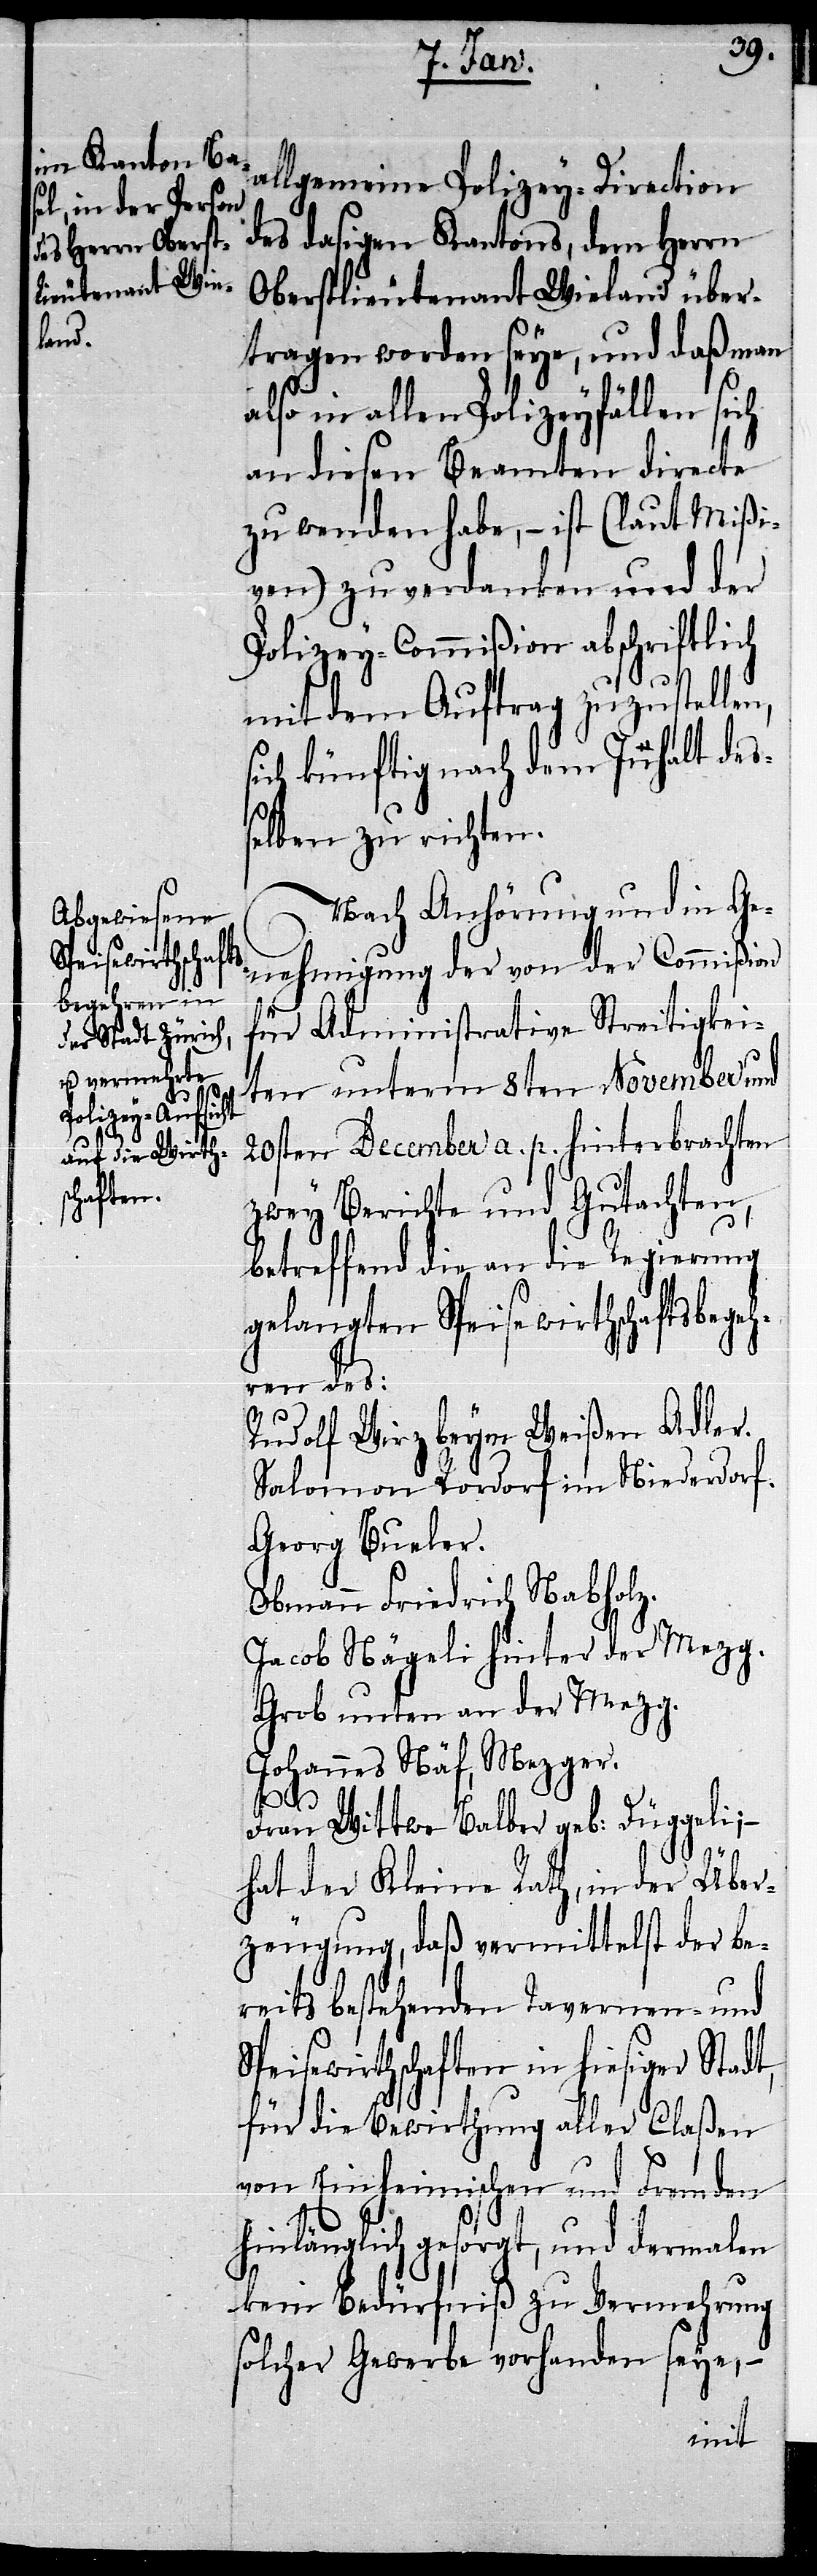
allgemeine Polizey-Direction
des dasigen Kantons, dem Herrn
Oberstlieutenant Wieland über¬
tragen worden seye, und daß man
also in allen Polizeyfällen sich
an diesen Beamten directe
zu wenden habe, – ist (laut Mißi¬
ven) zu verdanken und der
Polizey-Commißion abschriftlich
mit dem Auftrag zuzustellen,
sich künftig nach dem Inhalt des¬
selben zu richten.
Nach Anhörung und in Ge¬
nehmigung der von der Commißion
für Administrative Streitigkei¬
ten unterm 8ten November und
20sten December a. p. hinterbrachten
zwey Berichte und Gutachten,
betreffend die an die Regierung
gelangten Speisewirthschaftsbegeh¬
ren des:
Rudolf Wirz beym Weißen Adler.
Salomon Rordorf im Niederdorf.
Georg Bueler.
Obmann Friedrich Nabholz.
Jacob Nägeli hinter der Mezg.
Grob unten an der Mezg.
Johannes Näf, Mezger.
Frau Wittwe Balber geb: Düggeli;
hat der Kleine Rath, in der Über¬
zeugung, daß vermittelst der be¬
reits bestehenden Tavernen- und
Speisewirthschaften in hiesiger Stadt,
für die Bewirthung aller Claßen
von Einheimischen und Fremden
hinlänglich gesorgt, und dermalen
kein Bedürfniß zu Vermehrung
solcher Gewerbe vorhanden seye, –